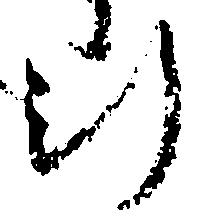
行